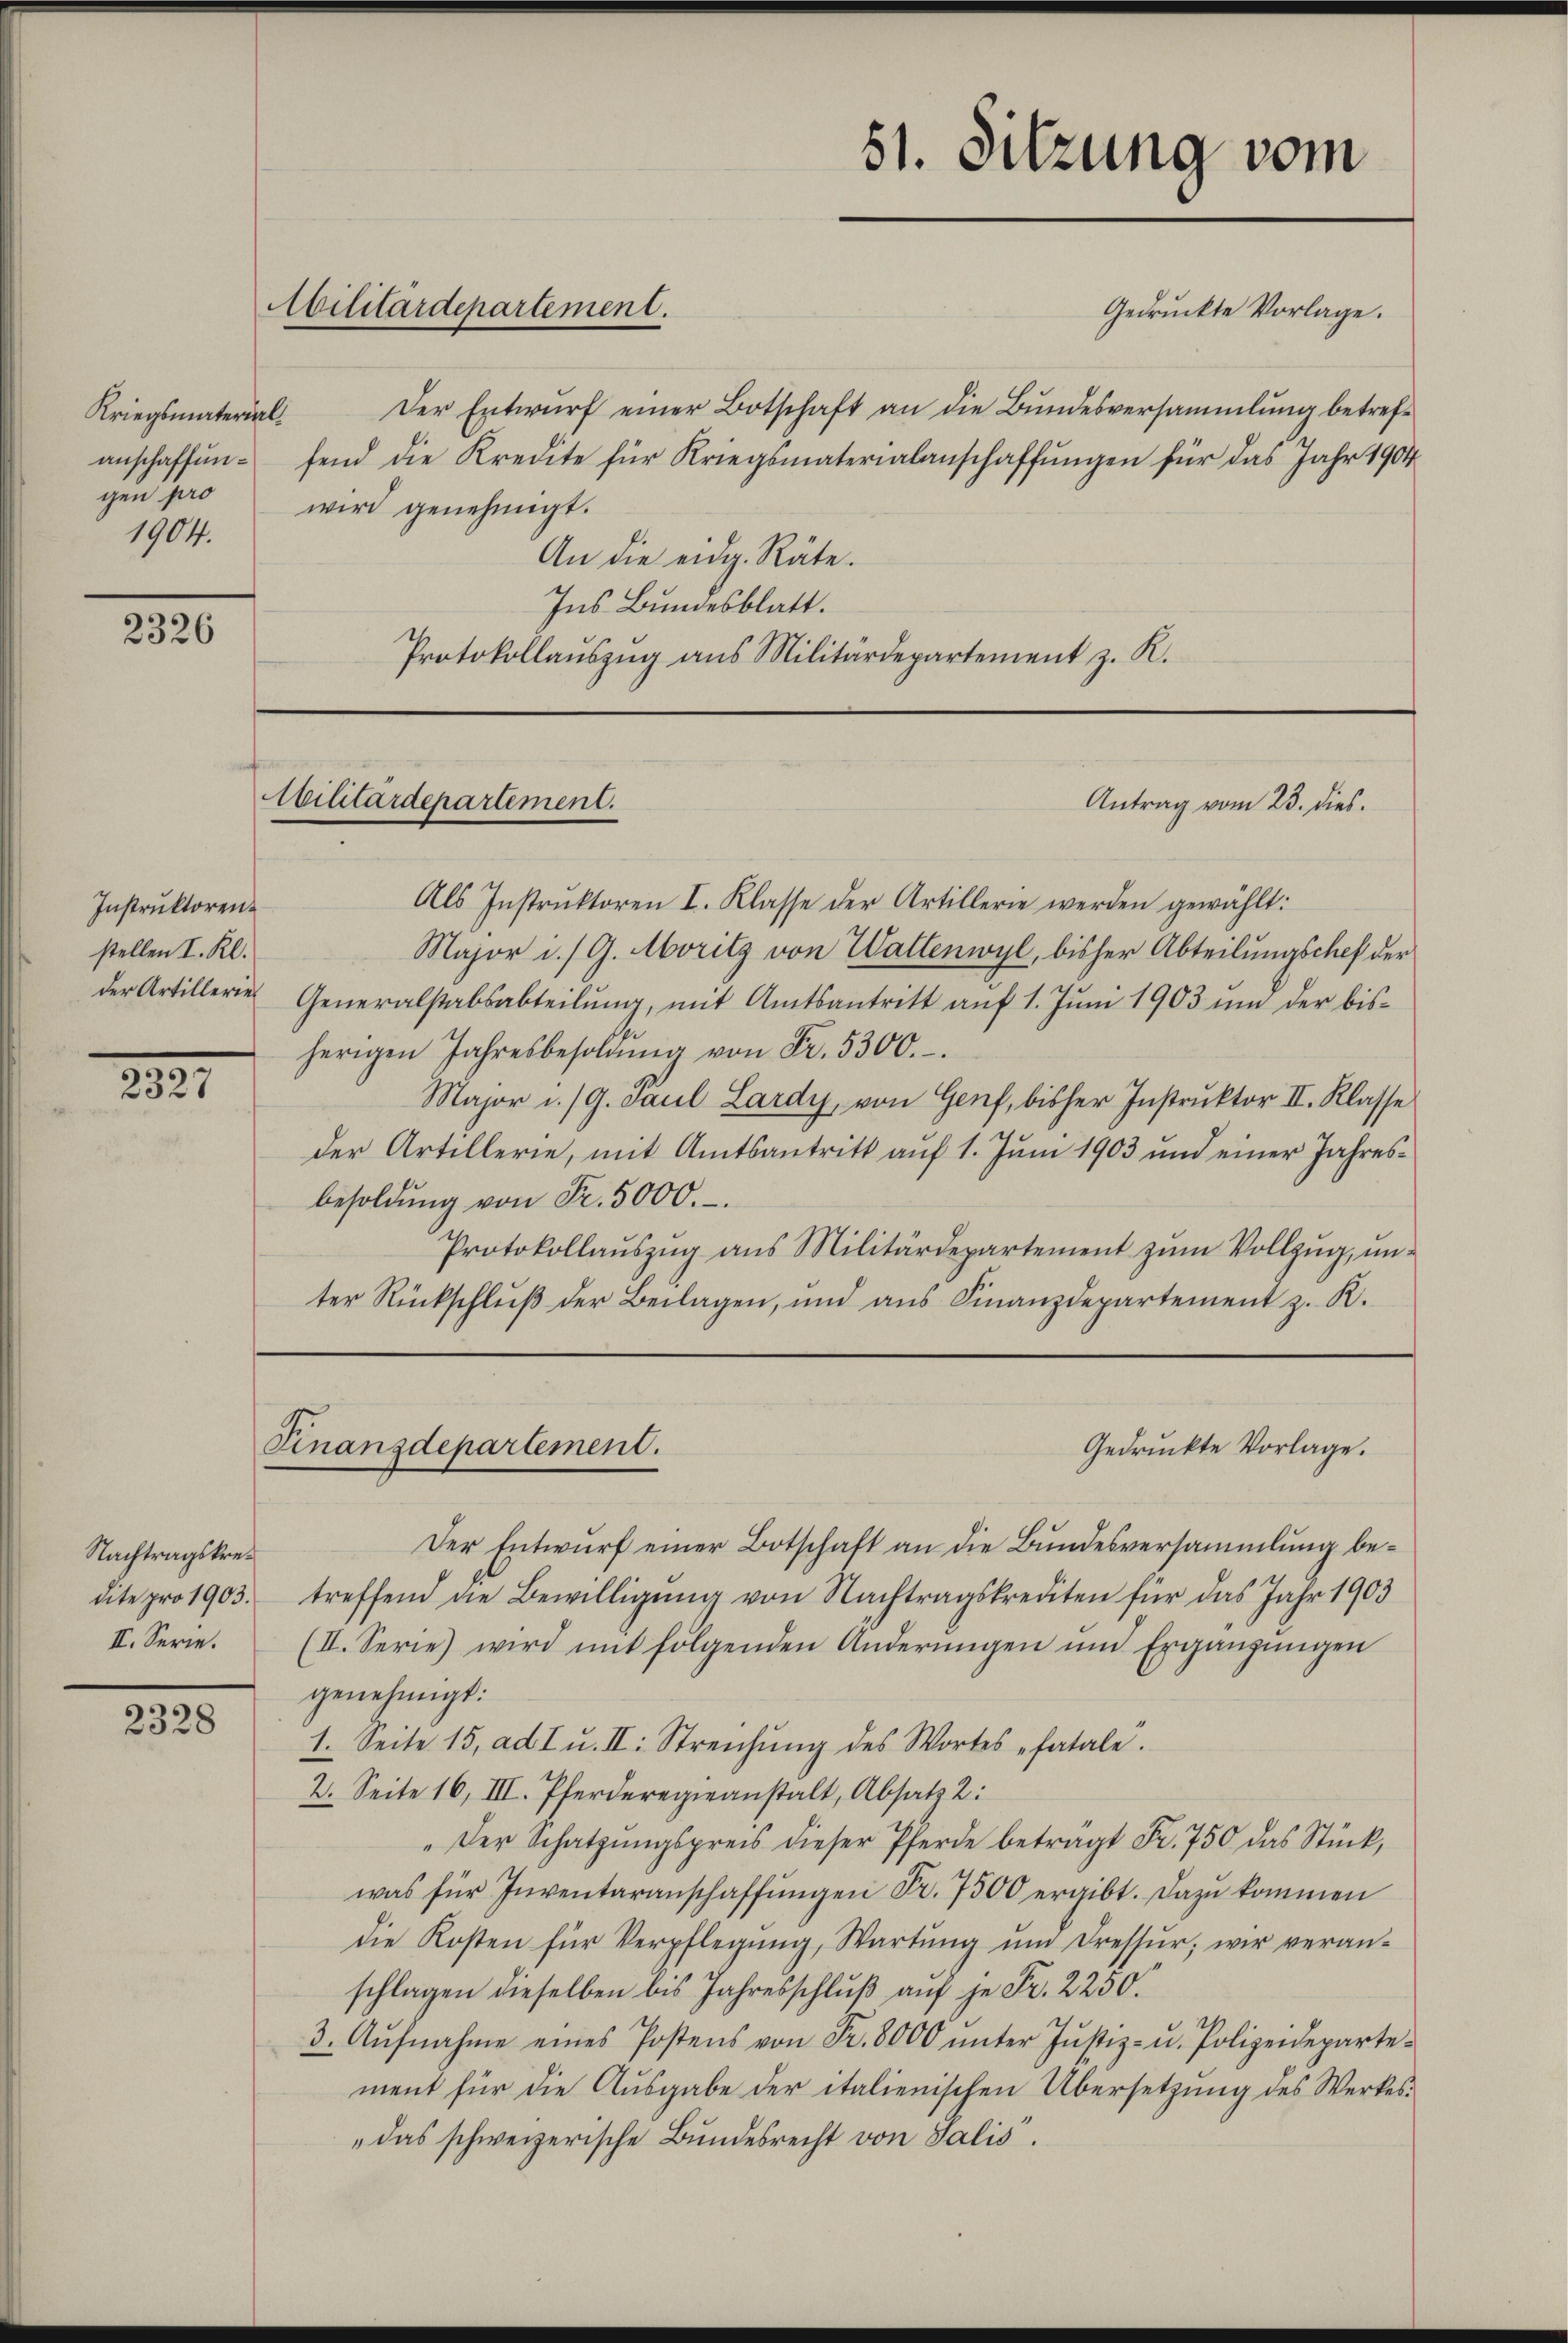
Kriegsmaterialanschaffungen pro
1904.

2326

Instruktoren.
stellen I. Kl.

.
2327

Nachtragskredite pro 1903.
II. Serie.

2328

Militärdepartement.

Gedruckte Vorlage.
Der Entwurf einer Botschaft an die Bundesversammlung betreffend die Kredite für Kriegsmaterialanschaffungen für das Jahr 1904
wird genehmigt.
An die eidg. Räte.
Ins Bundesblatt.
Protokollaŭszŭg ans Militärdepartement z. R.

Militärdepartement.

Finanzdepartement.

51. Sitzung vom

Antrag vom 23. dies

Gedruckte Vorlage.

Als Instrŭktoren I. Klasse der Artillerie werden gewählt:
Major i. / G. Moritz von Waltenwyl, bisher Abteilungschef der
der Artillerie Generalstabsabteilŭng, mit Amtsantritt aŭf 1. Jŭni 1903 und der bis-
herigen Jahresbesoldŭng von Fr. 5300.
Major i./9. Paul Lardy, von Genf, bisher Instruktor II. Klasse
der Artillerie, mit Amtsantritt auf 1. Juni 1903 und einer Jahresbesoldŭng von Fr. 5000.
Protokollaŭszŭg ans Militärdepartement zum Vollzug, unter Rückschlŭβ der Beilagen, und aŭs Finanzdepartement z. K.

Der Entwurf einer Botschaft an die Bundesversammlung betreffend die Bewilligung von Nachtragskrediten für das Jahr 1903
(II. Serie) wird mit folgenden Anderŭngen und Ergänzŭngen
genehmigt:
1. Seite 15, ad I u. II: Streichŭng des Wortes fatale.
2. Seite 16, III. Pferderegieanstalt, Absatz 2:
"Der Schatzŭngspreis dieser Pferde beträgt Fr. 750 das Stück,
was für Inventaranschaffŭngen Fr. 7500 ergibt. Dazu kommen
die Kosten für Verpflegŭng, Wartŭng ŭm dressŭr; wir veranschlagen dieselben bis Jahresschluß auf je Fr. 2250.
3. Aŭfnahme eines Postens von Fr. 8000 ŭnter Justiz- u. Polizeideparte-
ment für die Ausgabe der italienischen Übersetzung des Werkes¬
"das schweizerische Bundesrecht von Salis.